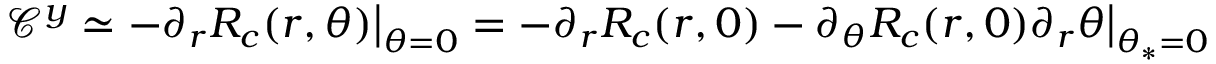
\mathcal { C } ^ { y } \simeq - \partial _ { r } R _ { c } ( r , \theta ) \bigr | _ { { \theta = 0 } } = - \partial _ { r } R _ { c } ( r , 0 ) - \partial _ { \theta } R _ { c } ( r , 0 ) \partial _ { r } \theta \bigr | _ { { \theta _ { * } = 0 } }